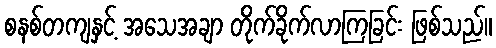
စနစ်တကျနှင့် အသေအချာ တိုက်ခိုက်လာကြခြင်း ဖြစ်သည်။